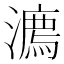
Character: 𣿕